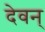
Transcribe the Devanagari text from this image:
देवन्